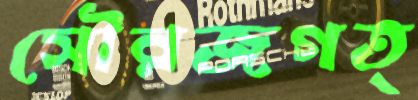
সৌরজগত্